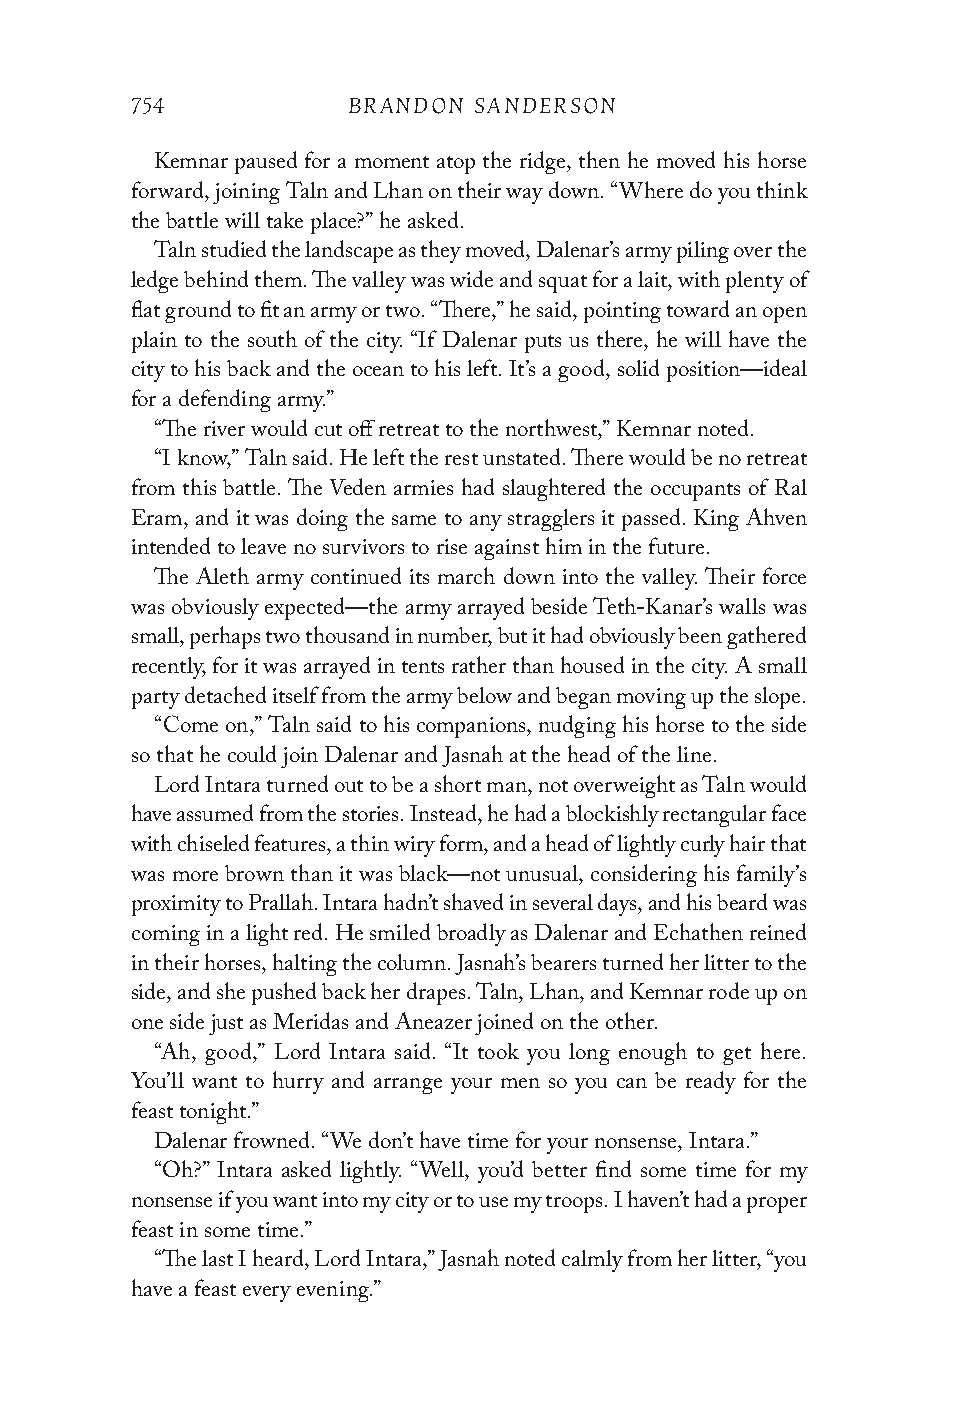
754           BRANDON SANDERSON
 Kemnar paused for a moment atop the ridge, then he moved his horse
 forward, joining Taln and Lhan on their way down. “Where do you think
 the battle will take place?” he asked.
 Taln studied the landscape as they moved, Dalenar’s army piling over the
 ledge behind them. The valley was wide and squat for a lait, with plenty of
 flat ground to fit an army or two. “There,” he said, pointing toward an open
 plain to the south of the city. “If Dalenar puts us there, he will have the
 city to his back and the ocean to his left. It’s a good, solid position—ideal
 for a defending army.”
 “The river would cut off retreat to the northwest,” Kemnar noted.
 “I know,” Taln said. He left the rest unstated. There would be no retreat
 from this battle. The Veden armies had slaughtered the occupants of Ral
 Eram, and it was doing the same to any stragglers it passed. King Ahven
 intended to leave no survivors to rise against him in the future.
 The Aleth army continued its march down into the valley. Their force
 was obviously expected—the army arrayed beside Teth-Kanar’s walls was
 small, perhaps two thousand in number, but it had obviously been gathered
 recently, for it was arrayed in tents rather than housed in the city. A small
 party detached itself from the army below and began moving up the slope.
 “Come on,” Taln said to his companions, nudging his horse to the side
 so that he could join Dalenar and Jasnah at the head of the line.
 Lord Intara turned out to be a short man, not overweight as Taln would
 have assumed from the stories. Instead, he had a blockishly rectangular face
 with chiseled features, a thin wiry form, and a head of lightly curly hair that
 was more brown than it was black—not unusual, considering his family’s
 proximity to Prallah. Intara hadn’t shaved in several days, and his beard was
 coming in a light red. He smiled broadly as Dalenar and Echathen reined
 in their horses, halting the column. Jasnah’s bearers turned her litter to the
 side, and she pushed back her drapes. Taln, Lhan, and Kemnar rode up on
 one side just as Meridas and Aneazer joined on the other.
 “Ah, good,” Lord Intara said. “It took you long enough to get here.
 You’ll want to hurry and arrange your men so you can be ready for the
 feast tonight.”
 Dalenar frowned. “We don’t have time for your nonsense, Intara.”
 “Oh?” Intara asked lightly. “Well, you’d better find some time for my
 nonsense if you want into my city or to use my troops. I haven’t had a proper
 feast in some time.”
 “The last I heard, Lord Intara,” Jasnah noted calmly from her litter, “you
 have a feast every evening.”